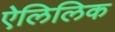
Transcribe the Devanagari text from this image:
ऐलिलिक